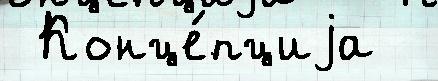
 Конце́пциjа